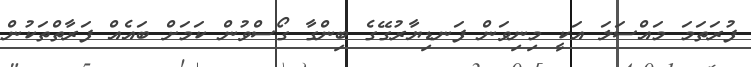
ފުރަތަމަ މައްސަލަ އަކީ މިނިވަން ފަނޑިޔާރުގޭގެ ބިންގާ ގޯސްވުން ކަމަށް ބައެއް ފަރާތްތަކުން